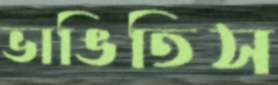
ভাঙিতিস